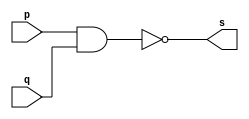
// --------------------- 
// Exemplo0006
// Nome: Raphael Quintao 
// ---------------------

 
module nandgate (output s, input p, input q); 
assign s = ~(p & q) ; 
endmodule // xor 
// --------------------- 
// -- test xorgate 
// --------------------- 
module testnandgate; 
// ------------------------- dados locais 
reg a,b; // definir registrador 
wire s; // definir conexao (fio) 
// ------------------------- instancia 
nandgate nand1 (s, a, b); 
// ------------------------- preparacao 
initial begin:start 
a=0;  
b=0; 
end 
// ------------------------- parte principal 
initial begin:main 
$display("Exercicio 01 - Raphael Quintao - 445171"); 
$display("Test NAND gate"); 
$display("\n~(a & b) = s\n"); 
a=0; b=0; 
#1 $display("~(%b & %b) = %b", a, b, s); 
a=0; b=1; 
#1 $display("~(%b & %b) = %b", a, b, s); 
a=1; b=0; 
#1 $display("~(%b & %b) = %b", a, b, s); 
a=1; b=1; 
#1 $display("~(%b & %b) = %b", a, b, s);
end 
endmodule // testxorgate